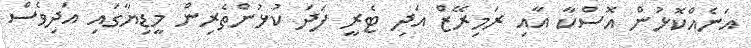
އަނެއްކޮޅުން އޮސްކާ އާއި ރަމިރޭޒް އަދި ޓެރީ ފަދަ ކުޅުންތެރިން މީޑިޔާގައި އަދިވެސް